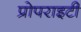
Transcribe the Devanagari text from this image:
प्रोपराइटी